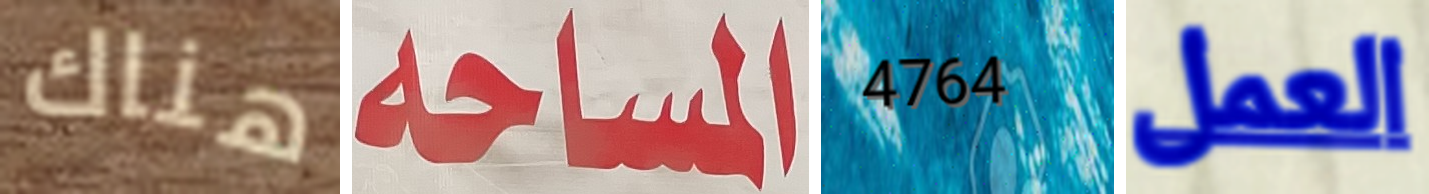
هناك المساحة 4764 العمل